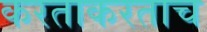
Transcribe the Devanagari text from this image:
करताकरताच